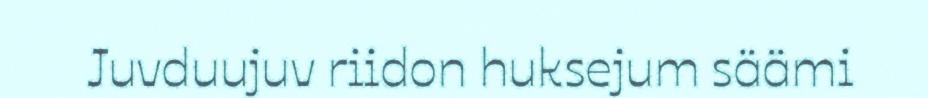
Juvduujuv riidon huksejum säämi